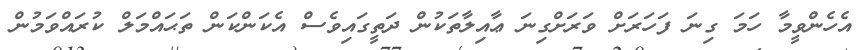
އެހެންވީމާ ހަމަ ގިނަ ފަހަރަށް ވަރަށްގިނަ ޢާއިލާތަކުން ދަތީގައިވެސް އެކަންކަން ތަޙައްމަލް ކުރައްވަމުން